Annual report of the Madras Medical College
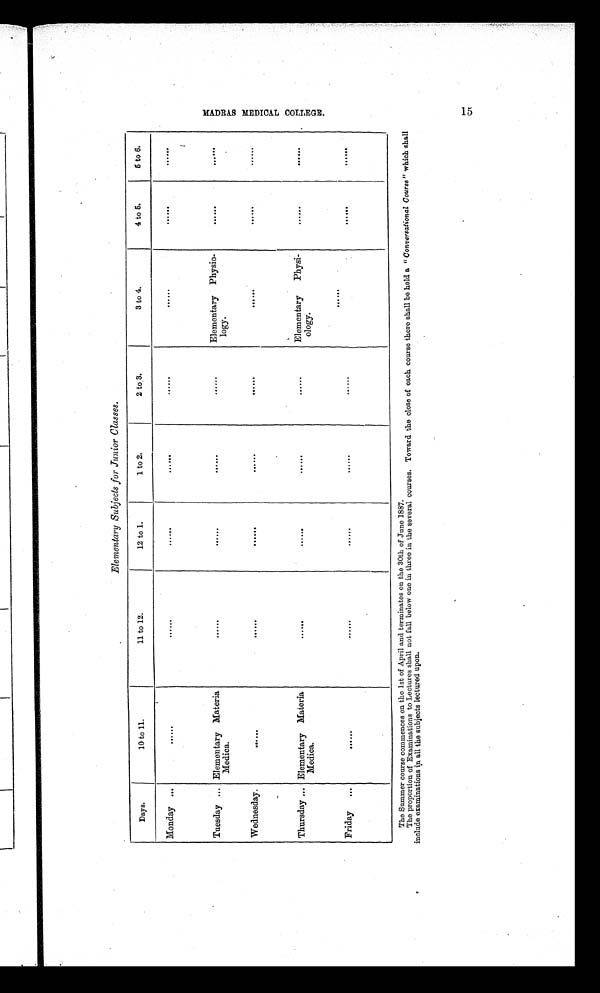
Elementary Subjects for Junior Classes.
Days.
10 to 11.
11 to 12.
12 to 1.
1 to 2.
2 to 3.
3 to 4.
4 to 5.
6 to 6.
Monday ...
......
......
......
. . . . . .
......
......
......
. . . . . .
Tuesday ... Elementary Materia
Medica.
......
......
......
......
Elementary Physio-
logy.
......
. . . . . . .
Wednesday.
. . . . . .
. . . . . . ......
. . . . . .
. . . . . .
......
......
. . . . . .
Thursday ... Elementary Materia
Medica.
......
......
......
......
Elementary Physi-
ology.
......
. . . . .
Friday
...
......
......
......
......
......
. . . . . .
. . . . . .
......
The Summer course commences on the 1st of April and terminates on the 30th of June 1887.
The proportion of Examinations to Lectures shall not fall below one in three in the several courses. Toward the close of each course there shall be held a " Conversational Course " which shall
include examinations in all the subjects lectured upon.
M A D R A S M E D I C A L C O L L E G E . 1 5